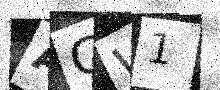
Text: ACW1